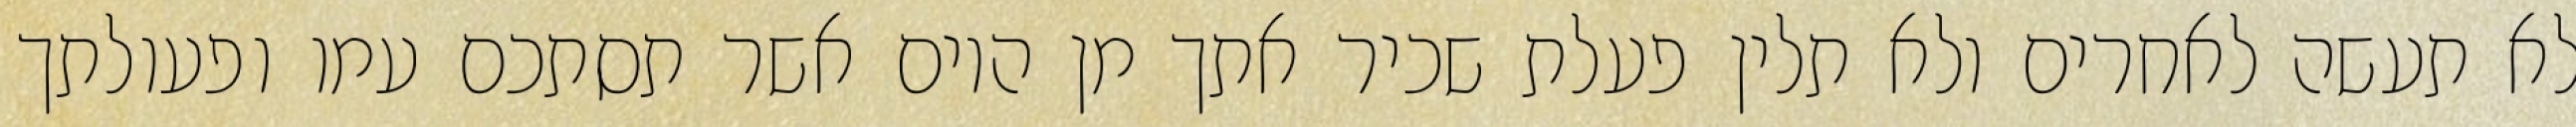
לא תעשה לאחרים ולא תלין פעלת שכיר אתך מן היום אשר תסתכם עמו ופעולתך